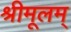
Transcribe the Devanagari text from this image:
श्रीमूलम्